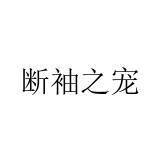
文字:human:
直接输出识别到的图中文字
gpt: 断袖之宠